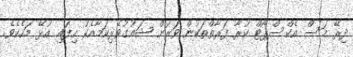
ދިރޭ މަސް އެކްސްޕޯޓް ކުރާ ފަރާތްތަކުން ވަރަށް ޝައުގުވެރިކަމާއެކު ހިފައި އުޅޭ މަހެކެވެ.